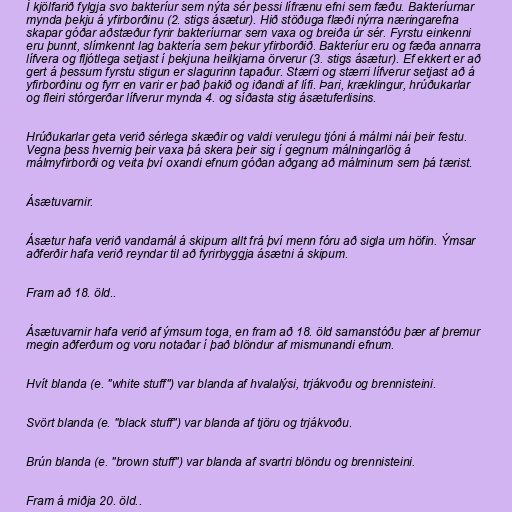
Í kjölfarið fylgja svo bakteríur sem nýta sér þessi lífrænu efni sem fæðu. Bakteríurnar
mynda þekju á yfirborðinu (2. stigs ásætur). Hið stöðuga flæði nýrra næringarefna
skapar góðar aðstæður fyrir bakteríurnar sem vaxa og breiða úr sér. Fyrstu einkenni
eru þunnt, slímkennt lag baktería sem þekur yfirborðið. Bakteríur eru og fæða annarra
lífvera og fljótlega setjast í þekjuna heilkjarna örverur (3. stigs ásætur). Ef ekkert er að
gert á þessum fyrstu stigun er slagurinn tapaður. Stærri og stærri lífverur setjast að á
yfirborðinu og fyrr en varir er það þakið og iðandi af lífi. Þari, kræklingur, hrúðukarlar
og fleiri stórgerðar lífverur mynda 4. og síðasta stig ásætuferlisins.

Hrúðukarlar geta verið sérlega skæðir og valdi verulegu tjóni á málmi nái þeir festu.
Vegna þess hvernig þeir vaxa þá skera þeir sig í gegnum málningarlög á
málmyfirborði og veita því oxandi efnum góðan aðgang að málminum sem þá tærist.

Ásætuvarnir.

Ásætur hafa verið vandamál á skipum allt frá því menn fóru að sigla um höfin. Ýmsar
aðferðir hafa verið reyndar til að fyrirbyggja ásætni á skipum.

Fram að 18. öld..

Ásætuvarnir hafa verið af ýmsum toga, en fram að 18. öld samanstóðu þær af þremur
megin aðferðum og voru notaðar í það blöndur af mismunandi efnum.

Hvít blanda (e. "white stuff") var blanda af hvalalýsi, trjákvoðu og brennisteini.

Svört blanda (e. "black stuff") var blanda af tjöru og trjákvoðu.

Brún blanda (e. "brown stuff") var blanda af svartri blöndu og brennisteini.

Fram á miðja 20. öld..